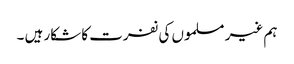
ہم غیر مسلموں کی نفرت کا شکار ہیں ۔